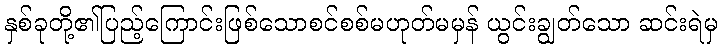
နှစ်ခုတို့၏ပြည့်ကြောင်းဖြစ်သောစင်စစ်မဟုတ်မမှန် ယွင်းချွတ်သော ဆင်းရဲမှ